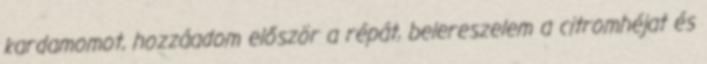
kardamomot, hozzáadom először a répát, belereszelem a citromhéjat és